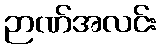
ဉာဏ်အလင်း